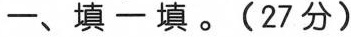
─、填一填。(27分)